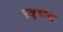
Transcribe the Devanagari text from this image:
एल्रुचाबा